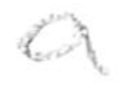
Text: a
Cross-out: clean
Writing tool: pencil